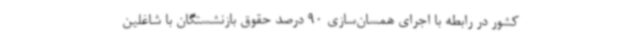
کشور در رابطه با اجرای همسان‌سازی 90 درصد حقوق بازنشستگان با شاغلین